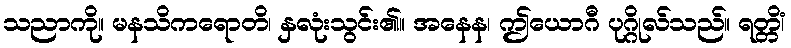
သညာကို။ မနသိကရောတိ၊ နှလုံးသွင်း၏။ အနေန၊ ဤယောဂီ ပုဂ္ဂိုလ်သည်။ ရတ္တိံ၊